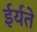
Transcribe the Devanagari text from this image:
ईर्यते